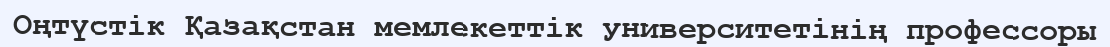
Оңтүстік Қазақстан мемлекеттік университетінің профессоры